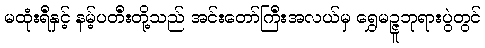
မထုံးရီနှင့် နမ့်ပတီးတို့သည် အင်းတော်ကြီးအလယ်မှ ရွှေမဉ္ဇူဘုရားပွဲတွင်